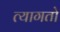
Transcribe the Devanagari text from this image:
त्यागतो